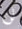
لن